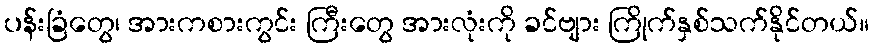
ပန်းခြံတွေ၊ အားကစားကွင်း ကြီးတွေ အားလုံးကို ခင်ဗျား ကြိုက်နှစ်သက်နိုင်တယ်။